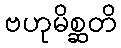
ဗဟုမိစ္ဆတိ